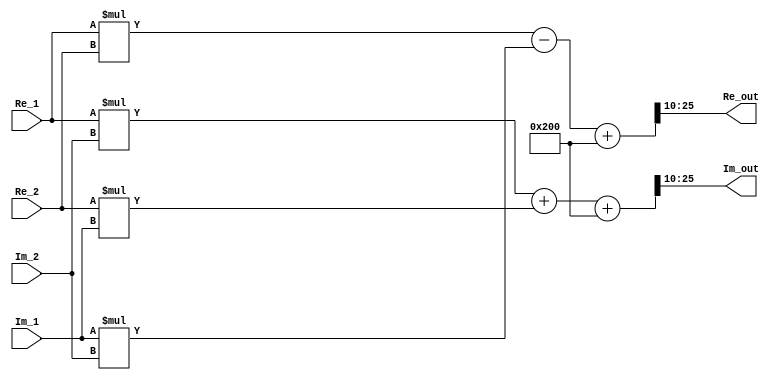
`timescale 1ns / 1ps
module complex_mult(
    input   wire    signed  [ 15 :  0 ] Re_1,
    input   wire    signed  [ 15 :  0 ] Im_1,
    input   wire    signed  [ 11 :  0 ] Re_2,
    input   wire    signed  [ 11 :  0 ] Im_2,
    output  wire    signed  [ 15 :  0 ] Re_out,
    output  wire    signed  [ 15 :  0 ] Im_out
    );

wire    signed  [ 27 :  0 ] w_Re = Re_1 * Re_2 - Im_1 * Im_2 + 16'sd512;
wire    signed  [ 27 :  0 ] w_Im = Re_1 * Im_2 + Re_2 * Im_1 + 16'sd512;

assign Re_out = w_Re[10+:16];
assign Im_out = w_Im[10+:16];

endmodule